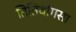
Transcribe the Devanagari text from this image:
तितिवांगसा